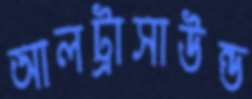
আলট্রাসাউন্ড